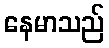
နေမာသည်